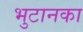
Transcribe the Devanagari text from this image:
भुटानका